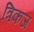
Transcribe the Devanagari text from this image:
त्रिकज